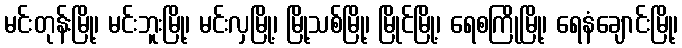
မင်းတုန်းမြို့၊ မင်းဘူးမြို့၊ မင်းလှမြို့၊ မြို့သစ်မြို့၊ မြိုင်မြို့၊ ရေစကြိုမြို့၊ ရေနံချောင်းမြို့၊